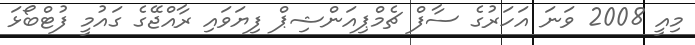
މިއީ 2008 ވަނަ އަހަރުގެ ސާފް ޗެމްޕިއަންޝިޕް ފިޔަވައި ރާއްޖޭގެ ގައުމީ ފުޓްބޯޅަ